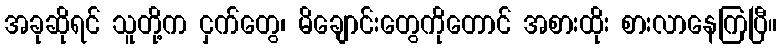
အခုဆိုရင် သူတို့က ငှက်တွေ၊ မိချောင်းတွေကိုတောင် အစားထိုး စားလာနေကြပြီ။